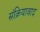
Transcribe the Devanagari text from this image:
संक्रियावाद